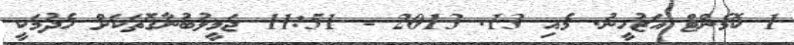
1 ކޮމެންޓް އަޒުހީނު. މެއި 13